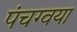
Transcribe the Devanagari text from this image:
पंचग्वया